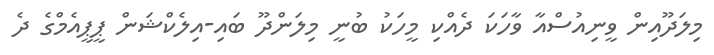
މިލަދޫއިން ވީނިއުސްއާ ވާހަކަ ދެއްކި މީހަކު ބުނީ މިލަންދޫ ބައި-އިލެކްޝަން ޕީޕީއެމްގެ ދެ